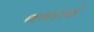
ભભરાવો